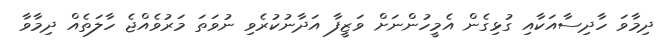
ދިމާވަ ހާދިސާއަކާއި ގުޅިގެން އެމީހުންނަށް ވަޒީފާ އަދާނުކުރެވި ނުވަތަ މަރުވެއްޖެ ހާލަތެއް ދިމާވާ